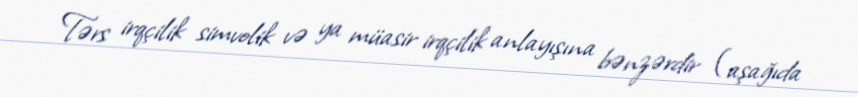
Tərs irqçilik simvolik və ya müasir irqçilik anlayışına bənzərdir (aşağıda